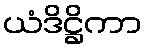
ယံဒိဋ္ဌိကာ